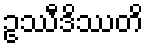
ဥဿီဒိဿတိ